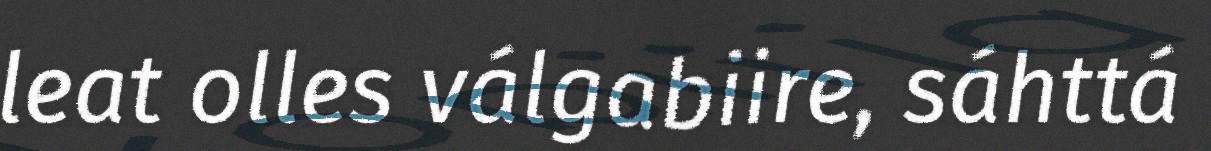
leat olles válgabiire, sáhttá